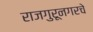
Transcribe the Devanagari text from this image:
राजगुरूनगरचे